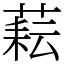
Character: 𦶮